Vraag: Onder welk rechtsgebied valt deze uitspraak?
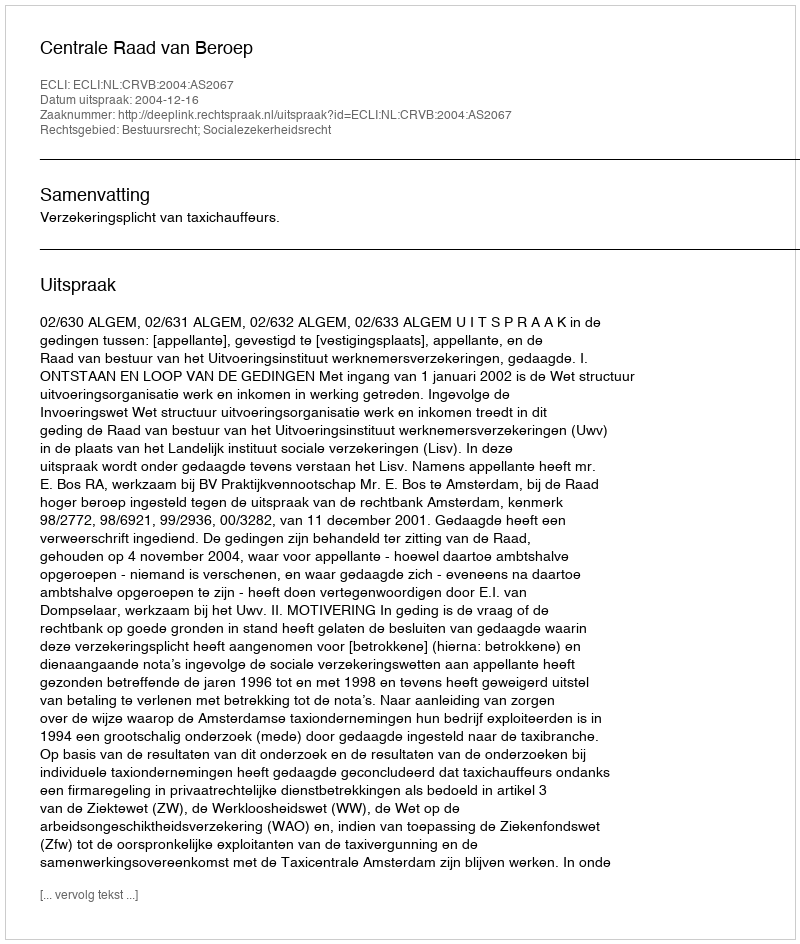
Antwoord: Bestuursrecht; Socialezekerheidsrecht